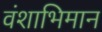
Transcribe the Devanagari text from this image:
वंशाभिमान